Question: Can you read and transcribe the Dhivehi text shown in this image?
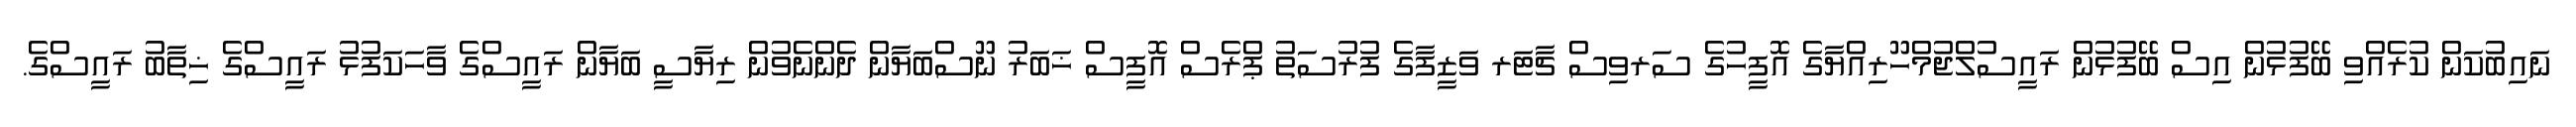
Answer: ނައިބުކަން ކުރެއްވި ބޭފުޅުން އިސް ބޭފުޅުން ރައީސުލްޖުމްހޫރިއްޔާގެ އޮފީހުގެ ސަރވިސް ޗާޓަރ ވަޒީފާގެ ފުރުސަތު ޕްރެސް އޮފީސް ޚަބަރު ނޫސްބަޔާން ދެންނެވުން ރިޔާސީ ބަޔާން ރައީސްގެ ވާހަކަފުޅު ރައީސްގެ ޚިތާބު ރައީސްގެ.